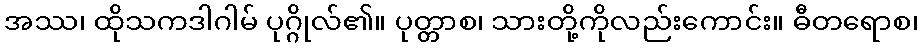
အဿ၊ ထိုသကဒါဂါမ် ပုဂ္ဂိုလ်၏။ ပုတ္တာစ၊ သားတို့ကိုလည်းကောင်း။ ဓီတရောစ၊